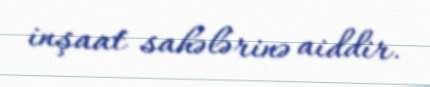
inşaat sahələrinə aiddir.